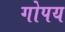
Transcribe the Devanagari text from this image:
गोपय